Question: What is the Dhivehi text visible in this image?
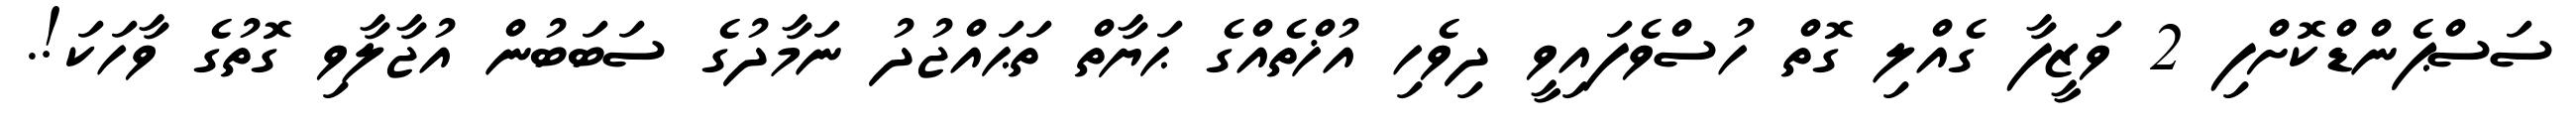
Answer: ސަސްޕެންޑްކޮށްފި 2 ވަޒީފާ ގެއްލި ގޮތް ހުސްވެފައިވީ ދިވެހި އުޚްތެއްގެ ޙަޔާތް ތަޙައްޖުދު ނަމާދުގެ ސަބަބުން އުޖާލާވި ގޮތުގެ ވާހަކަ!.